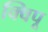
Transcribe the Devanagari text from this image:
क्विपू